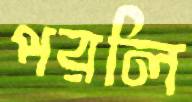
পরলি